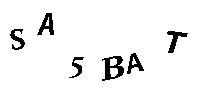
SA5BAT